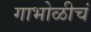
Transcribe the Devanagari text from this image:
गाभोळीचं